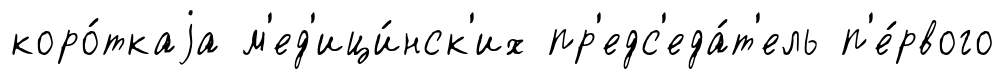
коро́ткаjа м'ед'ици́нск'их пр'едс'еда́т'ель п'е́рвого